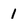
Character: 1